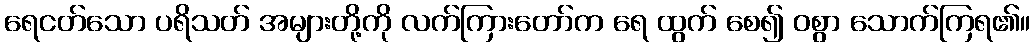
ရေငတ်သော ပရိသတ် အများတို့ကို လက်ကြားတော်က ရေ ထွက် စေ၍ ဝစွာ သောက်ကြရ၏။